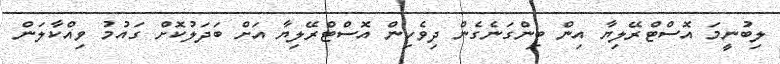
ލިބުނީމަ އޮސްޓްރޭލިޔާ އިން ބިންގަނެގެން ދިވެހިން އޮސްޓްރޭލިޔާ އަށް ބަދަލުކޮށް ގައުމު ވިއްކާލަން